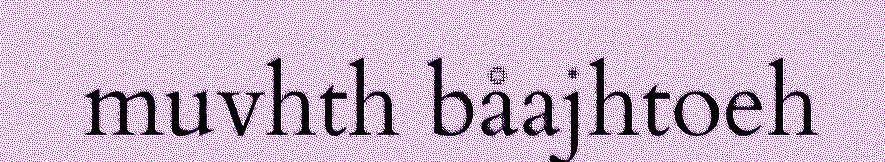
muvhth båajhtoeh